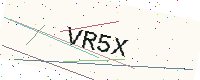
Text: VR5X